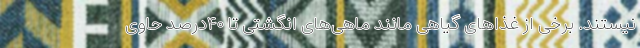
نیستند. برخی از غذا‌های گیاهی مانند ماهی‌های انگشتی تا ۴۰‌درصد حاوی